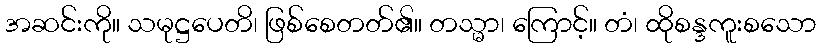
အဆင်းကို။ သမုဋ္ဌပေတိ၊ ဖြစ်စေတတ်၏။ တသ္မာ၊ ကြောင့်။ တံ၊ ထိုစန္ဒကူးစသော